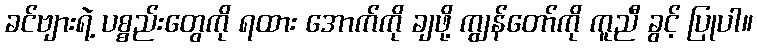
ခင်ဗျားရဲ့ ပစ္စည်းတွေကို ရထား အောက်ကို ချဖို့ ကျွန်တော်ကို ကူညီ ခွင့် ပြုပါ။